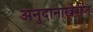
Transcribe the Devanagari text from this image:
अनुदानाखेरीज